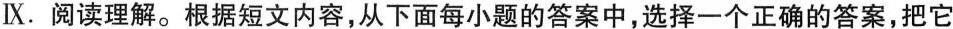
Ⅸ.阅读理解.根据短文内容,从下面每小题的答案中,选择一个正确的答案,把它